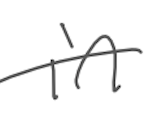
Text: in
Cross-out: single-line
Writing tool: digital_gray